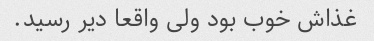
غذاش خوب بود ولی واقعا دیر رسید.